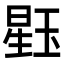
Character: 𪻹